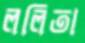
ললিতা